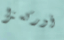
أوركسترا